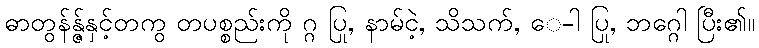
ဓာတွန်န္ဇ်နှင့်တကွ တပစ္စည်းကို ဂ္ဂ ပြု, နာမ်ငဲ့, သိသက်, ေ-ါ ပြု, ဘဂ္ဂေါ ပြီး၏။